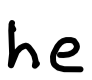
Text: he
Cross-out: clean
Writing tool: digital_black